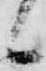
候